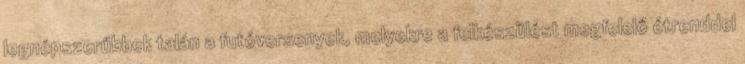
legnépszerűbbek talán a futóversenyek, melyekre a felkészülést megfelelő étrenddel